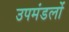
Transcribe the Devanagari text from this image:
उपमंडलों